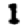
Digit: 1